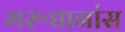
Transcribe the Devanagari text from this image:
मरूद्यानांस